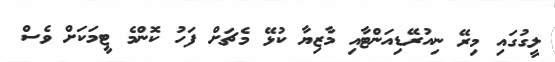
ލީގުގައި މިރޭ ނިއުރޭޑިއަންޓާއި މާޒިޔާ ކުޅޭ މެޗަށް ފަހު ކޮންމެ ޓީމަކަށް ވެސް